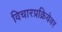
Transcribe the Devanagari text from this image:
विचारप्रक्रियेवर